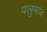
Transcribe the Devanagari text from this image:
पलुमांब